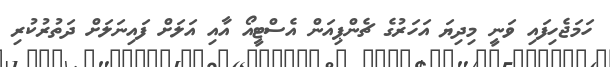
ހަމަޖެހިފައި ވަނީ މިދިޔަ އަހަރުގެ ޗެންޕިއަން އެސްޓީއޯ އާއި އަލަށް ފައިނަލަށް ދަތުރުކުރި